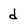
Character: d